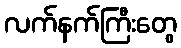
လက်နက်ကြီးတွေ